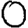
Digit: 0